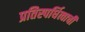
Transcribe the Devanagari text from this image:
प्रतिस्पर्धित्वाची